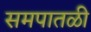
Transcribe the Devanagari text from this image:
समपातळी